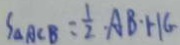
S _ { \Delta A C B } = \frac { 1 } { 2 } \cdot A B \cdot H G